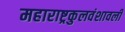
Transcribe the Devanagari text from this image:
महाराष्ट्रकुलवंशावली